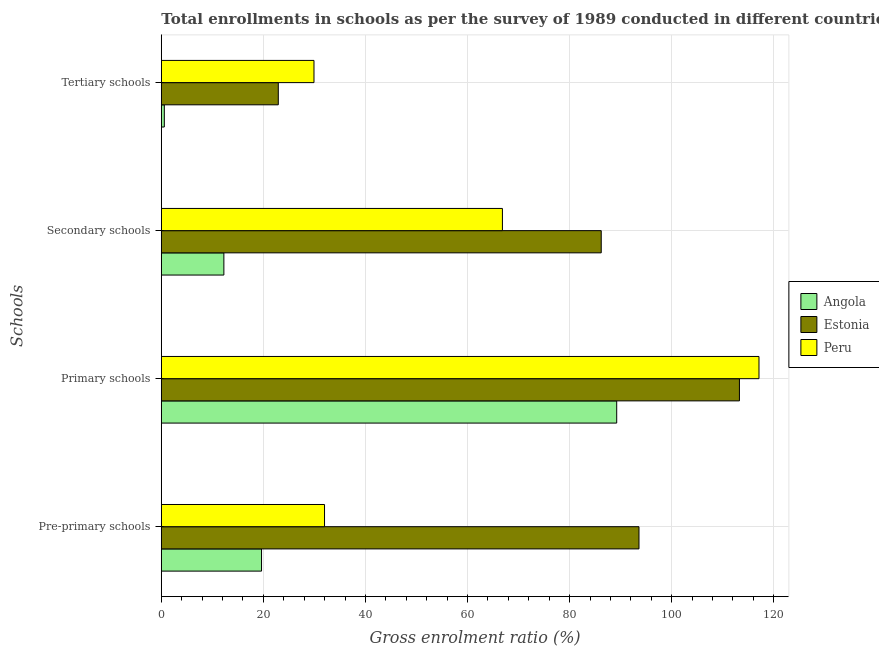
| Schools | Angola | Estonia | Peru |
 | --- | --- | --- | --- |
 | Pre-primary schools | 19.6 | 93.6 | 32 |
 | Primary schools | 89.2 | 113 | 117 |
 | Secondary schools | 12.3 | 86.2 | 66.8 |
 | Tertiary schools | 0.591 | 22.9 | 29.9 |